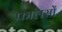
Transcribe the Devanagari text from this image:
फालसों